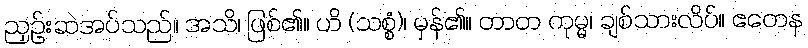
ညှဉ်းဆဲအပ်သည်။ အသိ၊ ဖြစ်၏။ ဟိ (သစ္စံ)၊ မှန်၏။ တာတ ကုမ္မ၊ ချစ်သားလိပ်။ ဧတေန